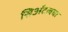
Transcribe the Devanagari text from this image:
सिॲटलचा